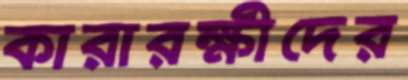
কারারক্ষীদের